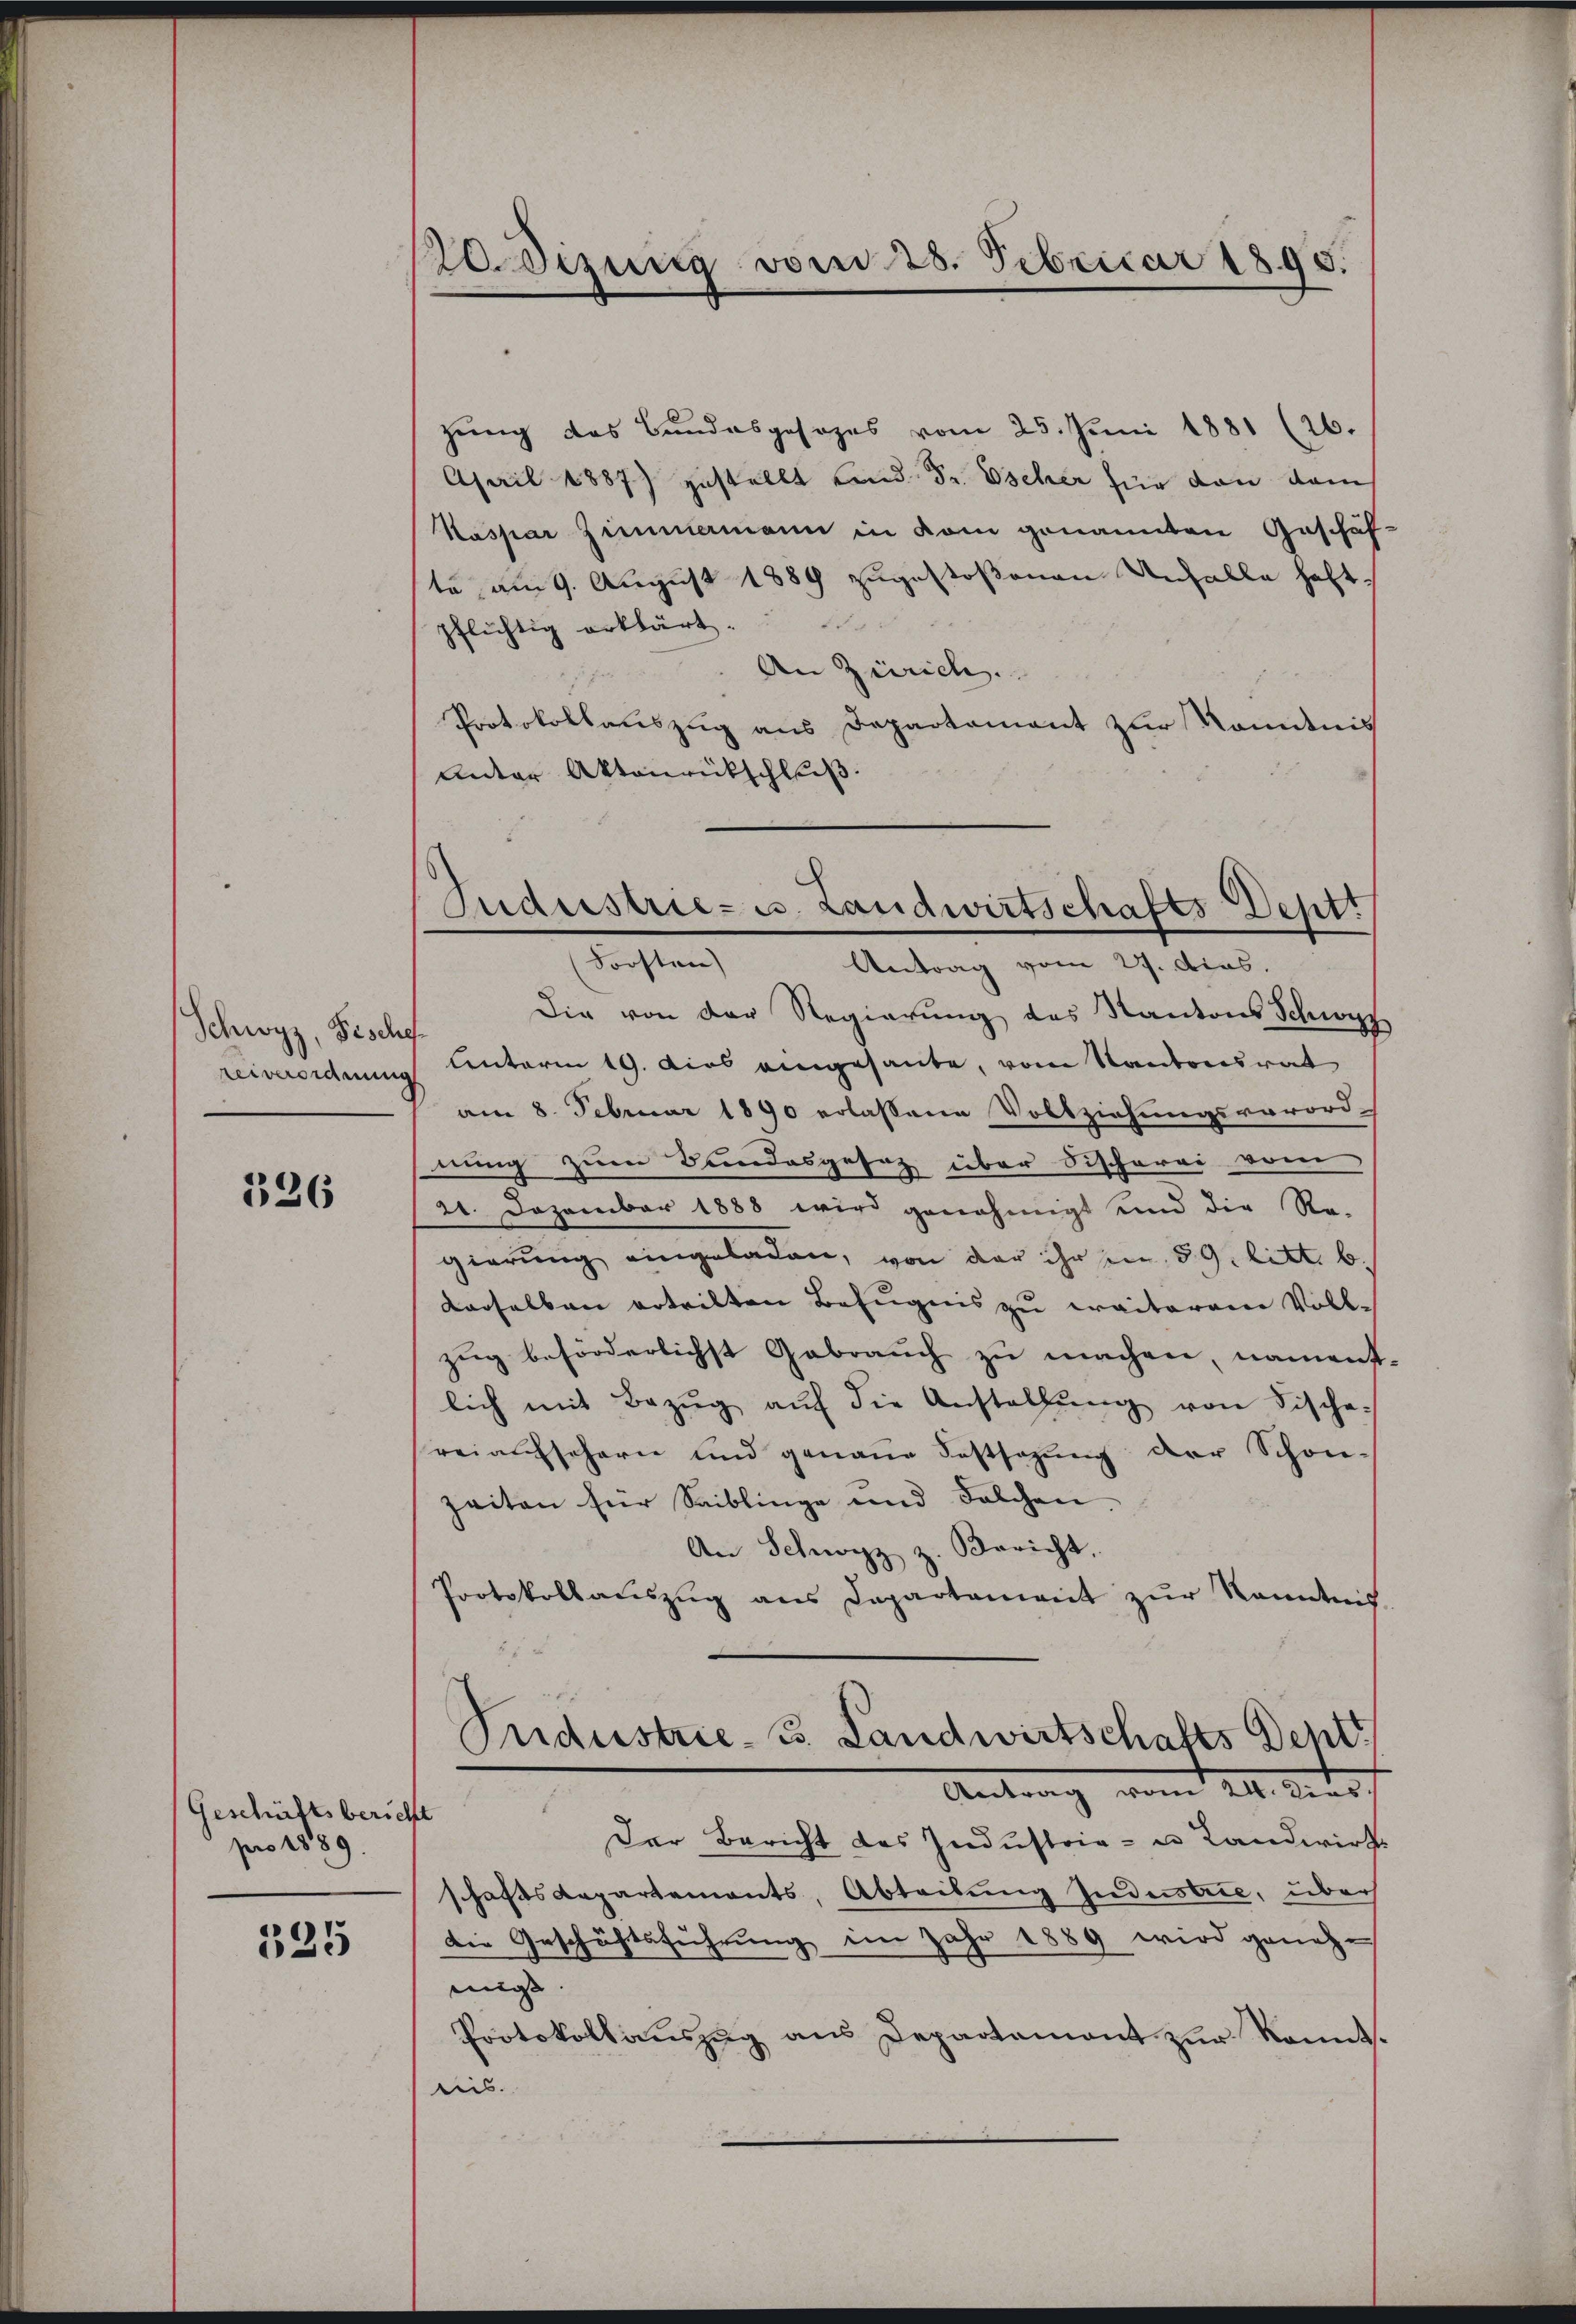
Schwyz, Fische
reiverordnung

326

Geschäftsbericht
pro 1889.

125

Leizung vom 28. Februar 1895.

zung des Bundesgesezes vom 25. Juni 1881 (26.
April 1887 zustellt Land Sr. Escher für von dem
Kaspar Zimmermann in kam genannten Geschäf-
te am 9. August 1889 zugestoßenen Unfalle haftpflichtig erklärt.
An Zürich.
Protokollauszug aus Departement zur Kenntnis
Unter Aktenrückschluß.
Die von der Regierung des Kantons Schwyz
Lnterm 19. dies eingesante, vom Kantonsrat
am 8. Februar 1890 erlassene Vollziehungsverord-
nung zum Bundesgesetz über Discherei vom
21. Dezember 1888 wird genehmigt und die Re-
gierung eingeladen, von der ihr in 59. litt. b.
derselben erteilten Befugnis zu erritorene Voll-
zug beförderlichst Gebrauch zu machen, nament
lich mit Bezŭg aŭf die Anstellŭng von Fische-
reiaufschern und genaue Festsezung der Schön-
zeiten für Saiblinge und solchen.
An Schwyz z. Bericht.
Protokollaŭszŭg ans Departament zŭr Kenntnis
Pridustrie-B. Landwirtschafts Dentt
 II. Der
Der Bericht des Industria- u Landwirts
schaftsdepartements, Abteilung Industrie, über
Die Geschäftsführung im Jahr 1889 wird geneh-
mige |
Protokollauszug aus Departemont zur konnt.
lis.

Industrie- u. Landwirtschafts-Deptt
Forsten
Antrag vom 27. dcas.